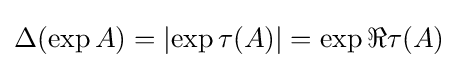
\Delta (\exp A)=\left|\exp \tau (A)\right|=\exp \Re \tau (A)